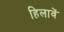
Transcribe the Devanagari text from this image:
हिलावें